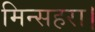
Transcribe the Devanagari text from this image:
मिन्सहरा।